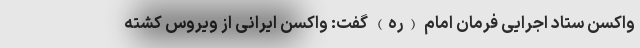
واکسن ستاد اجرایی فرمان امام (ره) گفت: واکسن ایرانی از ویروس کشته